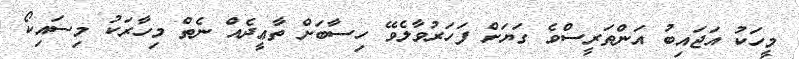
މީހަކު އަޖައިބު އަންތަރީސްވެ ގަޔަށް ފަހަރުވާލެވޭ ހިސާބަށް ތާޢީދެއް ނެތް މިހާރަކު މިސައިކޯ